Vaccination North-Western Provinces and Oudh 1896-1901 - 1896-1901
Year: 1896
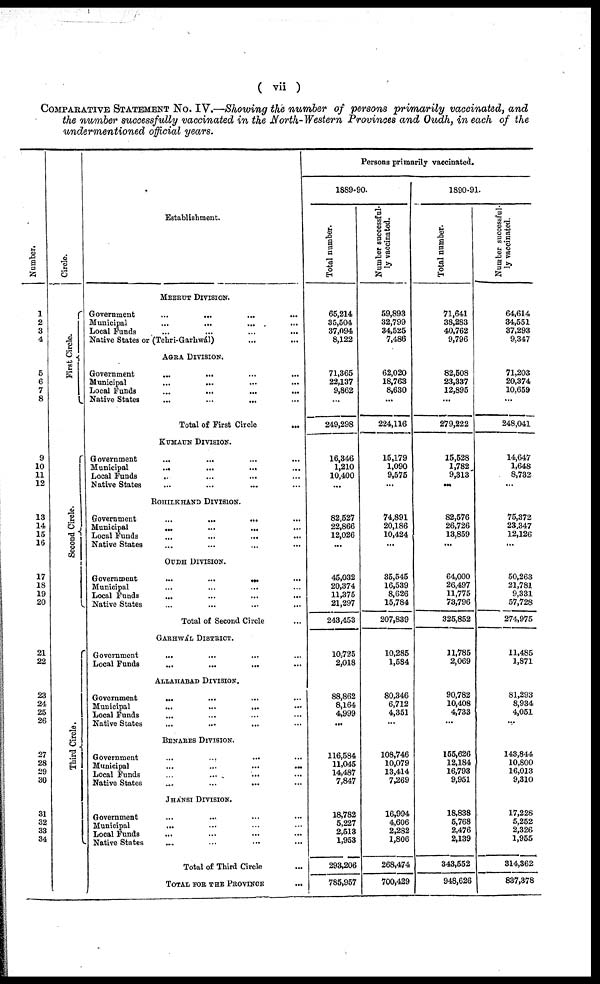
( vii )
COMPARATIVE STATEMENT No. IV.—Showing the number of persons primarily vaccinated, and
the number successfully vaccinated in the North-Western Provinces and Oudh, in each of the
undermentioned official years.
Number.
1
2
3
4
5
6
7
8
9
10
11
12
13
14
15
16
17
18
19
20
21
22
23
24
25
26
27
28
29
30
31
32
33
34
Circle.
First Circle.
Second Circle.
Third Circle.
Establishment.
MEERUT DIVISION.
Government
...
...
...
...
Municipal
...
...
... ...
Local Funds ... ... ... ...
Native States or (Tehri-Garhwál) ... ...
AGRA DIVISION.
Government ... ... ... ...
Municipal ... ... ... ...
Local Funds ... ... ... ...
Native States
...
...
... ...
Total of First Circle ...
KUMAUN DIVISION.
Government
... ... ... ...
Municipal
...
...
... ...
Local Funds ... ... ... ...
Native States ... ... ... ...
ROHILKHAND DIVISION.
Government ... ... ... ...
Municipal
...
...
...
...
Local Funds
...
...
... ...
Native States ... ... ... ...
OUDH DIVISION.
Government
...
...
...
...
Municipal ... ... ... ...
Local Funds ... ... ... ...
Native States ... ... ... ...
Total of Second Circle ...
GARHWAL DISTRICT.
Government
...
...
...
...
Local Funds
...
...
... ...
ALLAHABAD DIVISION.
Government
... ... ... ...
Municipal ... ... ... ...
Local Funds ... ... ... ...
Native States ... ... ... ...
BENARES DIVISION.
Government
...
... ... ...
Municipal ... ... ... ...
Local Funds ... ... ... ...
Native States ... ... ... ...
JHANSI DIVISION.
Government ... ... ... ...
Municipal ... ... ... ...
Local Funds ... ... ... ...
Native States ... ... ... ...
Total of Third Circle ...
TOTAL FOR THE PROVINCE
...
Persons primarily vaccinated.
1889-90.
Total number.
65,214
35,504
37,094
8,122
71,365
22,137
9,862
...
249,298
16,346
1,210
10,400
...
82,527
22,866
12,026
...
45,032
20,374
11,375
21,297
243,453
10,725
2,018
88,862
8,164
4,999
...
116,584
11,045
14,487
7,847
18,782
5,227
2,513
1,953
293,206
785,957
Number successful-
ly vaccinated.
59,893
32,799
34,525
7,486
62,020
18,763
8,630
...
224,116
15,179
1,090
9,575
...
74,891
20,186
10,424
...
35,545
16,539
8,626
15,784
207,839
10,285
1,584
80,346
6,712
4,351
...
108,746
10,079
13,414
7,269
16,994
4,606
2,282
1,806
268,474
700,429
1890-91.
Total number.
71,641
38,283
40,762
9,796
82,508
23,337
12,895
...
279,222
15,528
1,782
9,313
...
82,576
26,726
13,859
...
64,000
26,497
11,775
73,796
325,852
11,785
2,069
90,782
10,408
4,733
...
155,626
12,184
16,793
9,951
18,838
5,768
2,476
2,139
343,552
948,626
Number successful-
ly vaccinated.
64,614
34,551
37,293
9,347
71,203
20,374
10,659
...
248,041
14,647
1,648
8,732
...
75,372
23,347
12,126
...
50,263
21,781
9,331
57,728
274,975
11,485
1,871
81,293
8,934
4,051
...
143,844
10,800
16,013
9,310
17,228
5,252
2,326
1,955
314,362
837,378